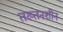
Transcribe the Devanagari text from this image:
तख्तनशीन